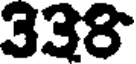
338